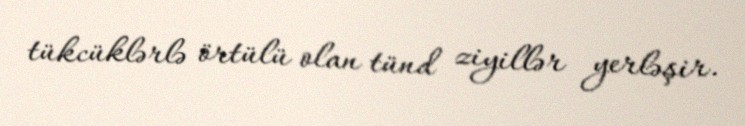
tükcüklərlə örtülü olan tünd ziyillər yerləşir.